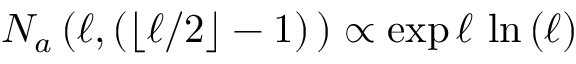
N _ { a } \left( \ell , ( \lfloor \ell / 2 \rfloor - 1 ) \, \right) \propto \exp { \ell \, \ln { ( \ell ) } }